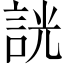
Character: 𧧯